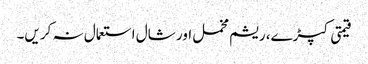
قیمتی کپڑے، ریشم مخمل اور شال استعمال نہ کریں۔